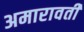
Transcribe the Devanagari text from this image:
अमारावती